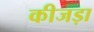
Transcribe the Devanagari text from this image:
कीजड़ा